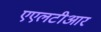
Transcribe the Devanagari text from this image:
एएलटीआर